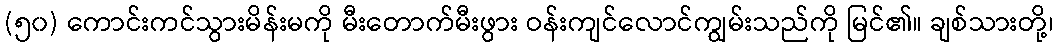
(၅၀) ကောင်းကင်သွားမိန်းမကို မီးတောက်မီးဖွား ဝန်းကျင်လောင်ကျွမ်းသည်ကို မြင်၏။ ချစ်သားတို့၊